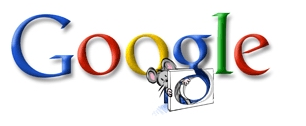
Google